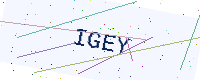
Text: IGEY